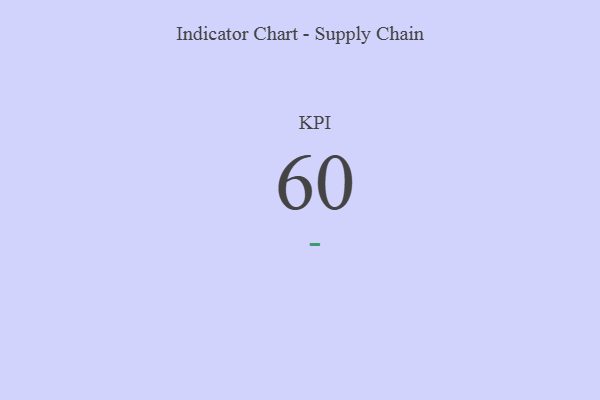
{"axis": {"x": "KPI", "y": "Value"}, "legend": [""], "data": [{"x": "KPI", "y": 60, "type": ""}]}